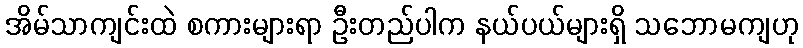
အိမ်သာကျင်းထဲ စကားများရာ ဦးတည်ပါက နယ်ပယ်များရှိ သဘောမကျဟု